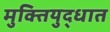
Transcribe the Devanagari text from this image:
मुक्तियुद्धात